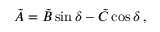
\tilde { A } = \tilde { B } \sin \delta - \tilde { C } \cos \delta \, ,